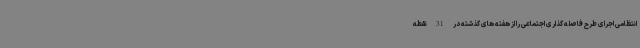
انتظامی اجرای طرح فاصله گذاری اجتماعی را از هفته های گذشته در 31 نقطه